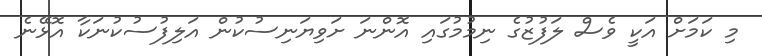
މި ކަމަށް އަކީ ވެސް ލަފުޒުގެ ނިމުމުގައި އޮންނަ ށަވިޔަނިސުކުން އަލިފުސުކުނަކާ އޮޅޭނެ